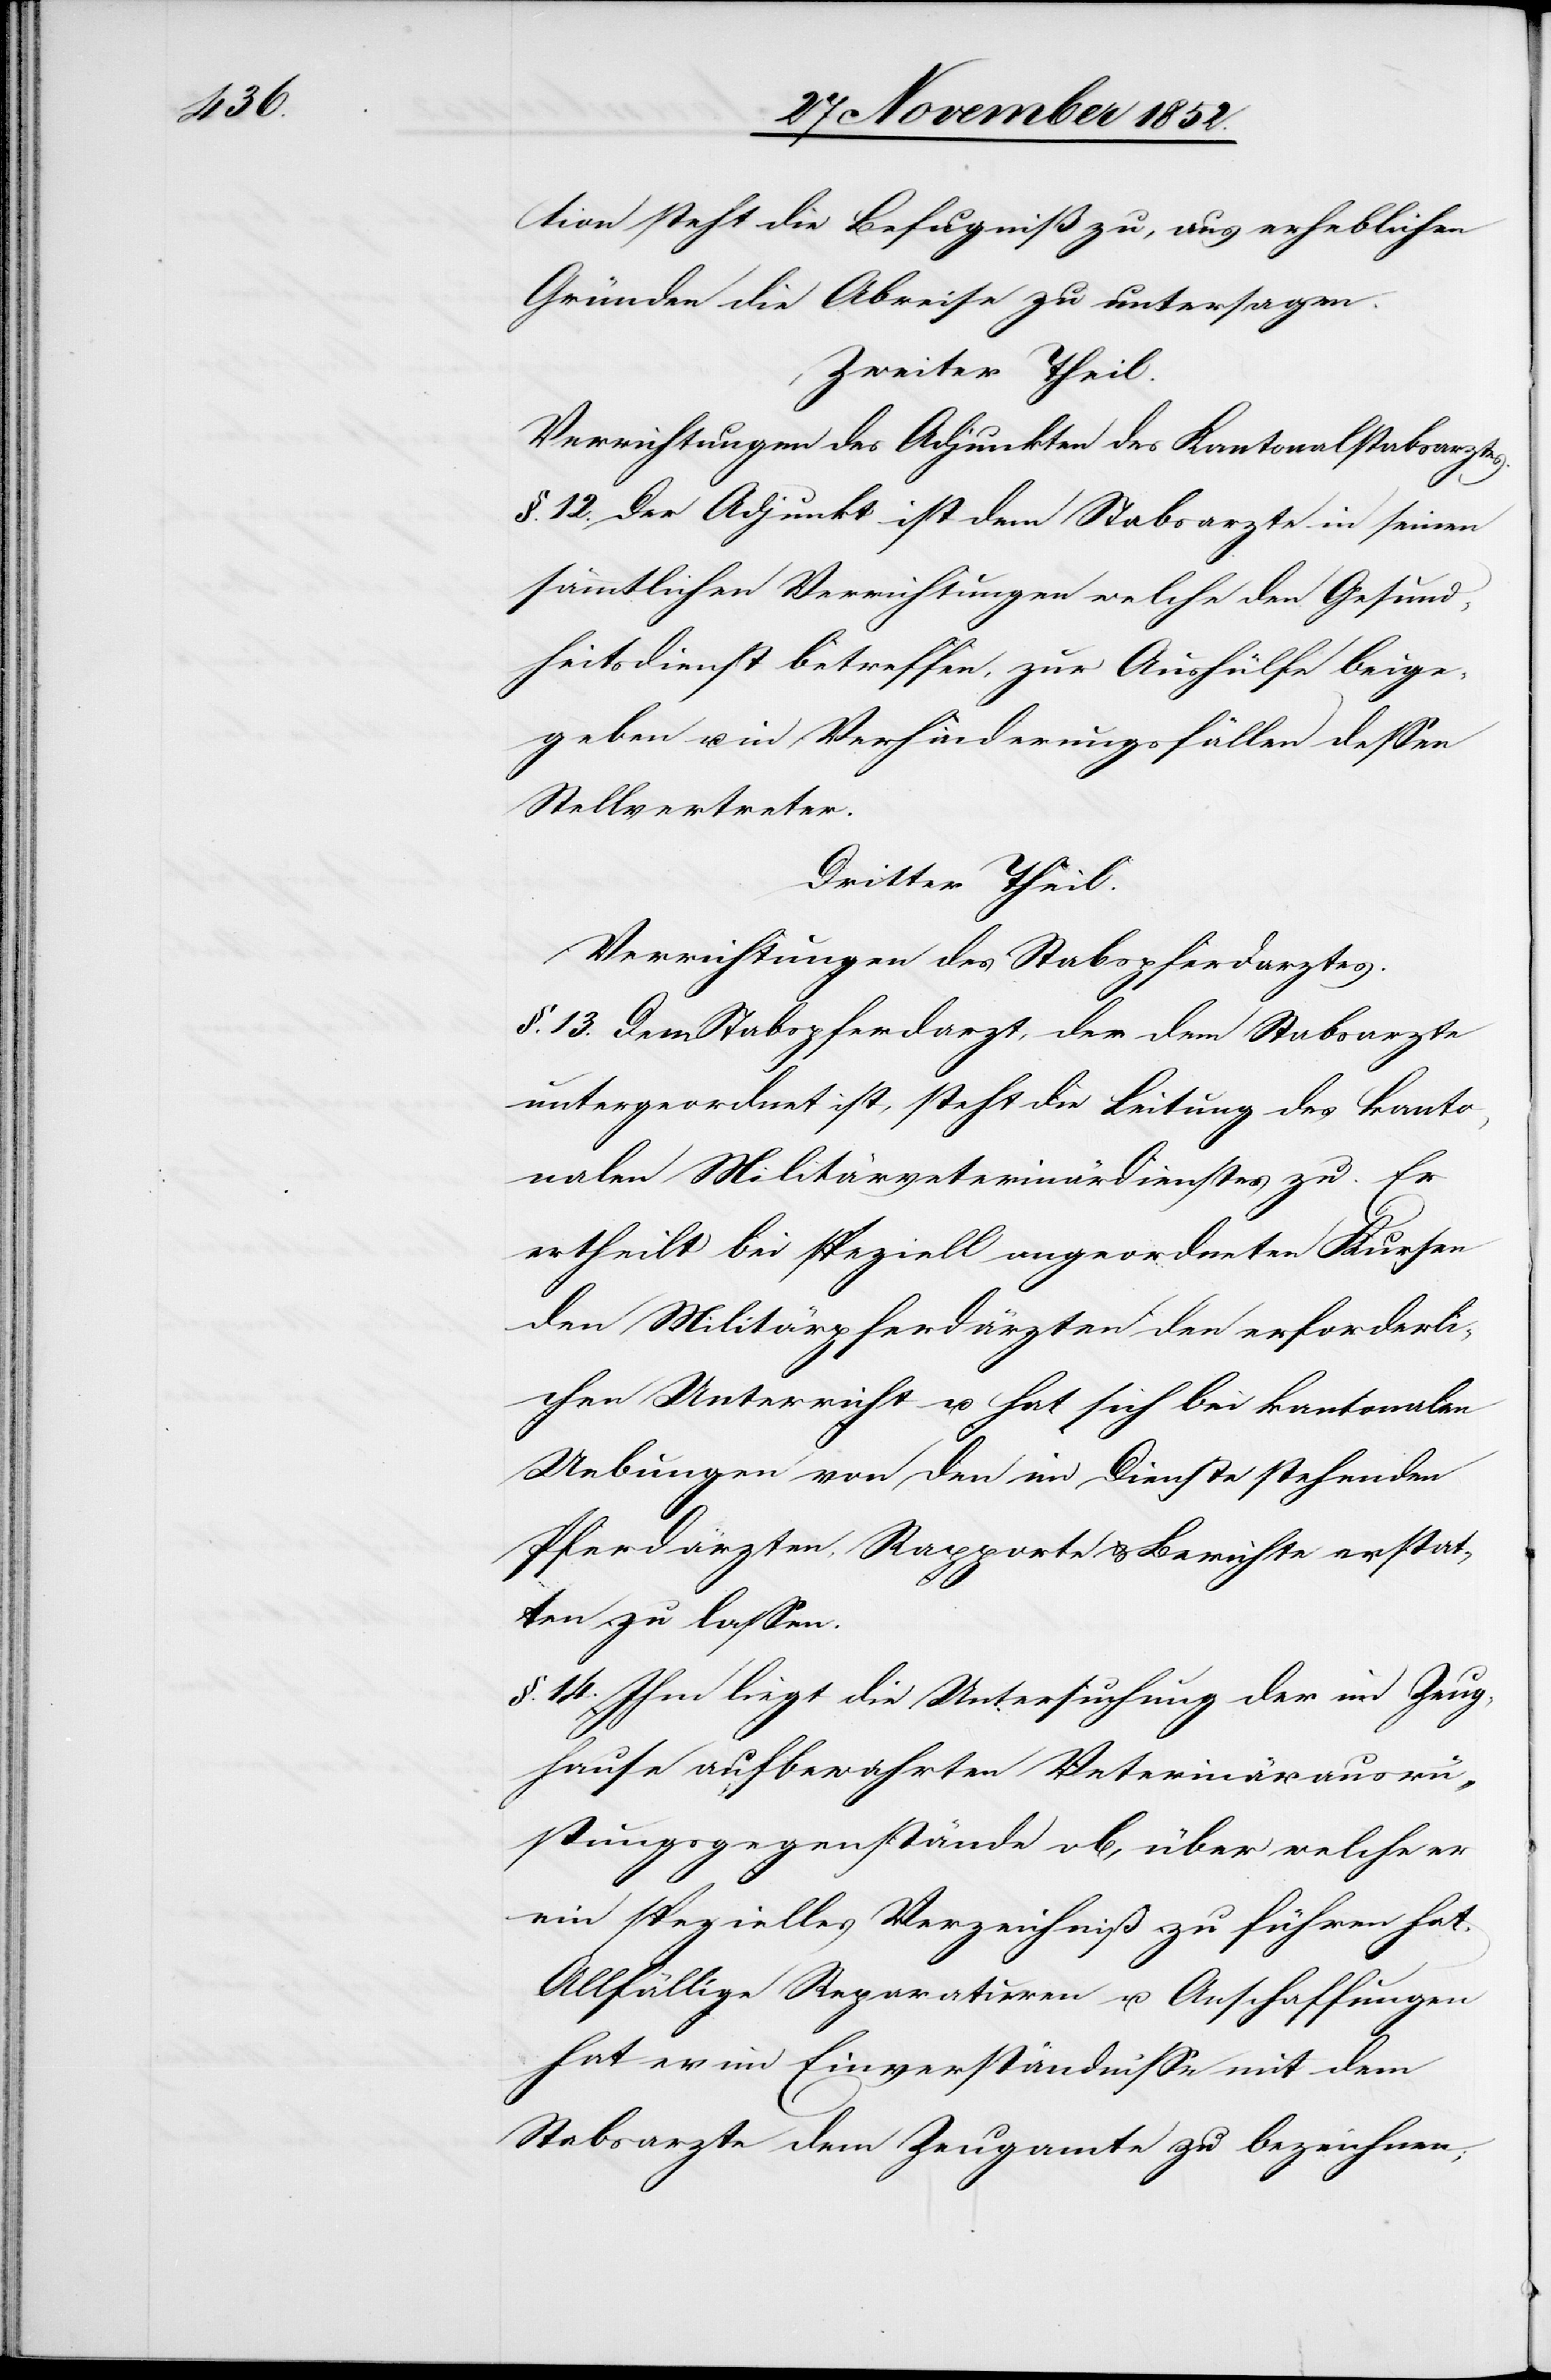
tion steht die Befugniß zu, aus erheblichen
Gründen die Abreise zu untersagen.
Zweiter Teil.
Verrichtungen des Adjunkten des Kantonalstabsarztes.
§. 12. Der Adjunkt ist dem Stabsarzte in seinen
sämmtlichen Verrichtungen welche den Gesund¬
heitsdienst betreffen, zur Aushülfe beige¬
geben u. in Verhinderungsfällen dessen
Stellvertreter.
Dritter Theil.
Verrichtungen des Stabspferdarztes.
§. 13. Dem Stabspferdarzt, der dem Stabsarzte
untergeordnet ist, steht die Leitung des kanto¬
nalen Militärveterinärdienstes zu. Er
ertheilt bei speziell angeordneten Kursen
den Militärpferdärzten den erforderli¬
chen Unterricht u. hat sich bei kantonalen
Uebungen von den im Dienste stehenden
Pferdärzten, Rapporte & Berichte erstat¬
ten zu lassen.
§. 14. Ihm liegt die Untersuchung der im Zeug¬
hause aufbewahrten Veterinärausrü¬
stungsgegenstände ob, über welche er
ein spezielles Verzeichniß zu führen hat.
Allfällige Reparaturen u. Anschaffungen
hat er im Einverständnisse mit dem
Stabsarzte dem Zeugamte zu bezeichnen;